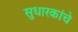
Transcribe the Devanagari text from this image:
सुधारकांचे